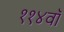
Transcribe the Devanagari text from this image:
११४वॉ